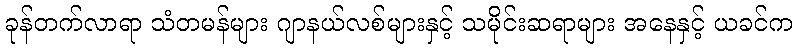
ခုန်တက်လာရာ သံတမန်များ ဂျာနယ်လစ်များနှင့် သမိုင်းဆရာများ အနေနှင့် ယခင်က